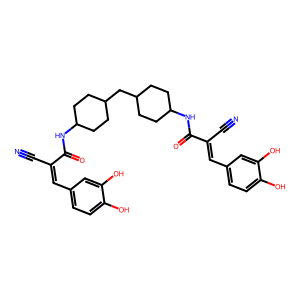
SMILES: N#CC(=Cc1ccc(O)c(O)c1)C(=O)NC1CCC(CC2CCC(NC(=O)C(C#N)=Cc3ccc(O)c(O)c3)CC2)CC1
Inhibits HIV replication: No